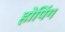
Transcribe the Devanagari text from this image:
होपिंग